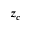
z _ { c }